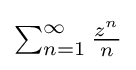
{\textstyle \sum _{n=1}^{\infty }{\frac {z^{n}}{n}}}